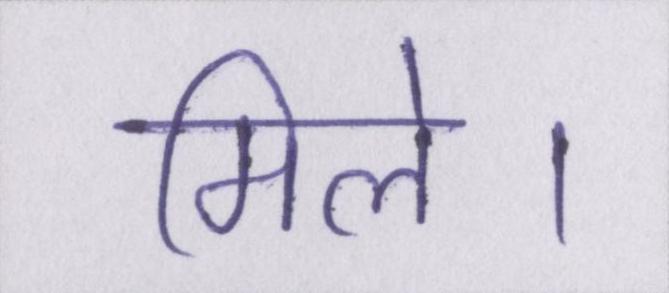
मिले।